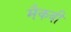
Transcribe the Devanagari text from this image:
मैकबी